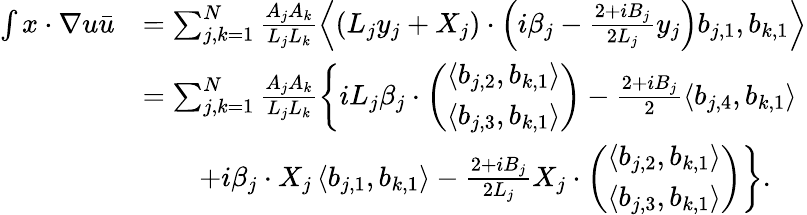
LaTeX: \begin{array}{rl}{\int x\cdot\nabla u\bar{u}}&{=\sum_{j,k=1}^{N}\frac{A_{j}A_{k}}{L_{j}L_{k}}\left\langle(L_{j}y_{j}+X_{j})\cdot\left(i\beta_{j}-\frac{2+iB_{j}}{2L_{j}}y_{j}\right)b_{j,1},b_{k,1}\right\rangle}\\ &{=\sum_{j,k=1}^{N}\frac{A_{j}A_{k}}{L_{j}L_{k}}\left\{ iL_{j}\beta_{j}\cdot\left(\begin{array}{l}{\left\langle b_{j,2},b_{k,1}\right\rangle}\\ {\left\langle b_{j,3},b_{k,1}\right\rangle}\end{array}\right)-\frac{2+iB_{j}}{2}\left\langle b_{j,4},b_{k,1}\right\rangle\right.}\\ &{\qquad\left.+i\beta_{j}\cdot X_{j}\left\langle b_{j,1},b_{k,1}\right\rangle-\frac{2+iB_{j}}{2L_{j}}X_{j}\cdot\left(\begin{array}{l}{\left\langle b_{j,2},b_{k,1}\right\rangle}\\ {\left\langle b_{j,3},b_{k,1}\right\rangle}\end{array}\right)\right\} .}\end{array}